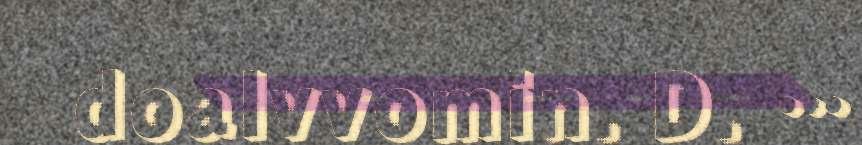
doalvvomin. D. …